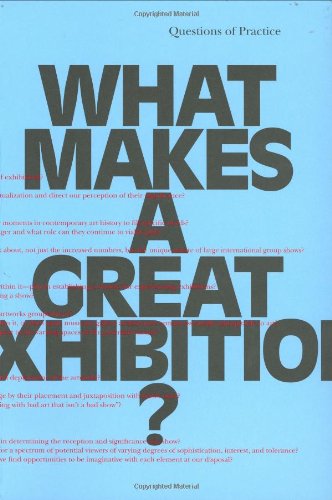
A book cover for What Makes a Great Exhibition?; Business & Money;